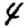
Digit: 4